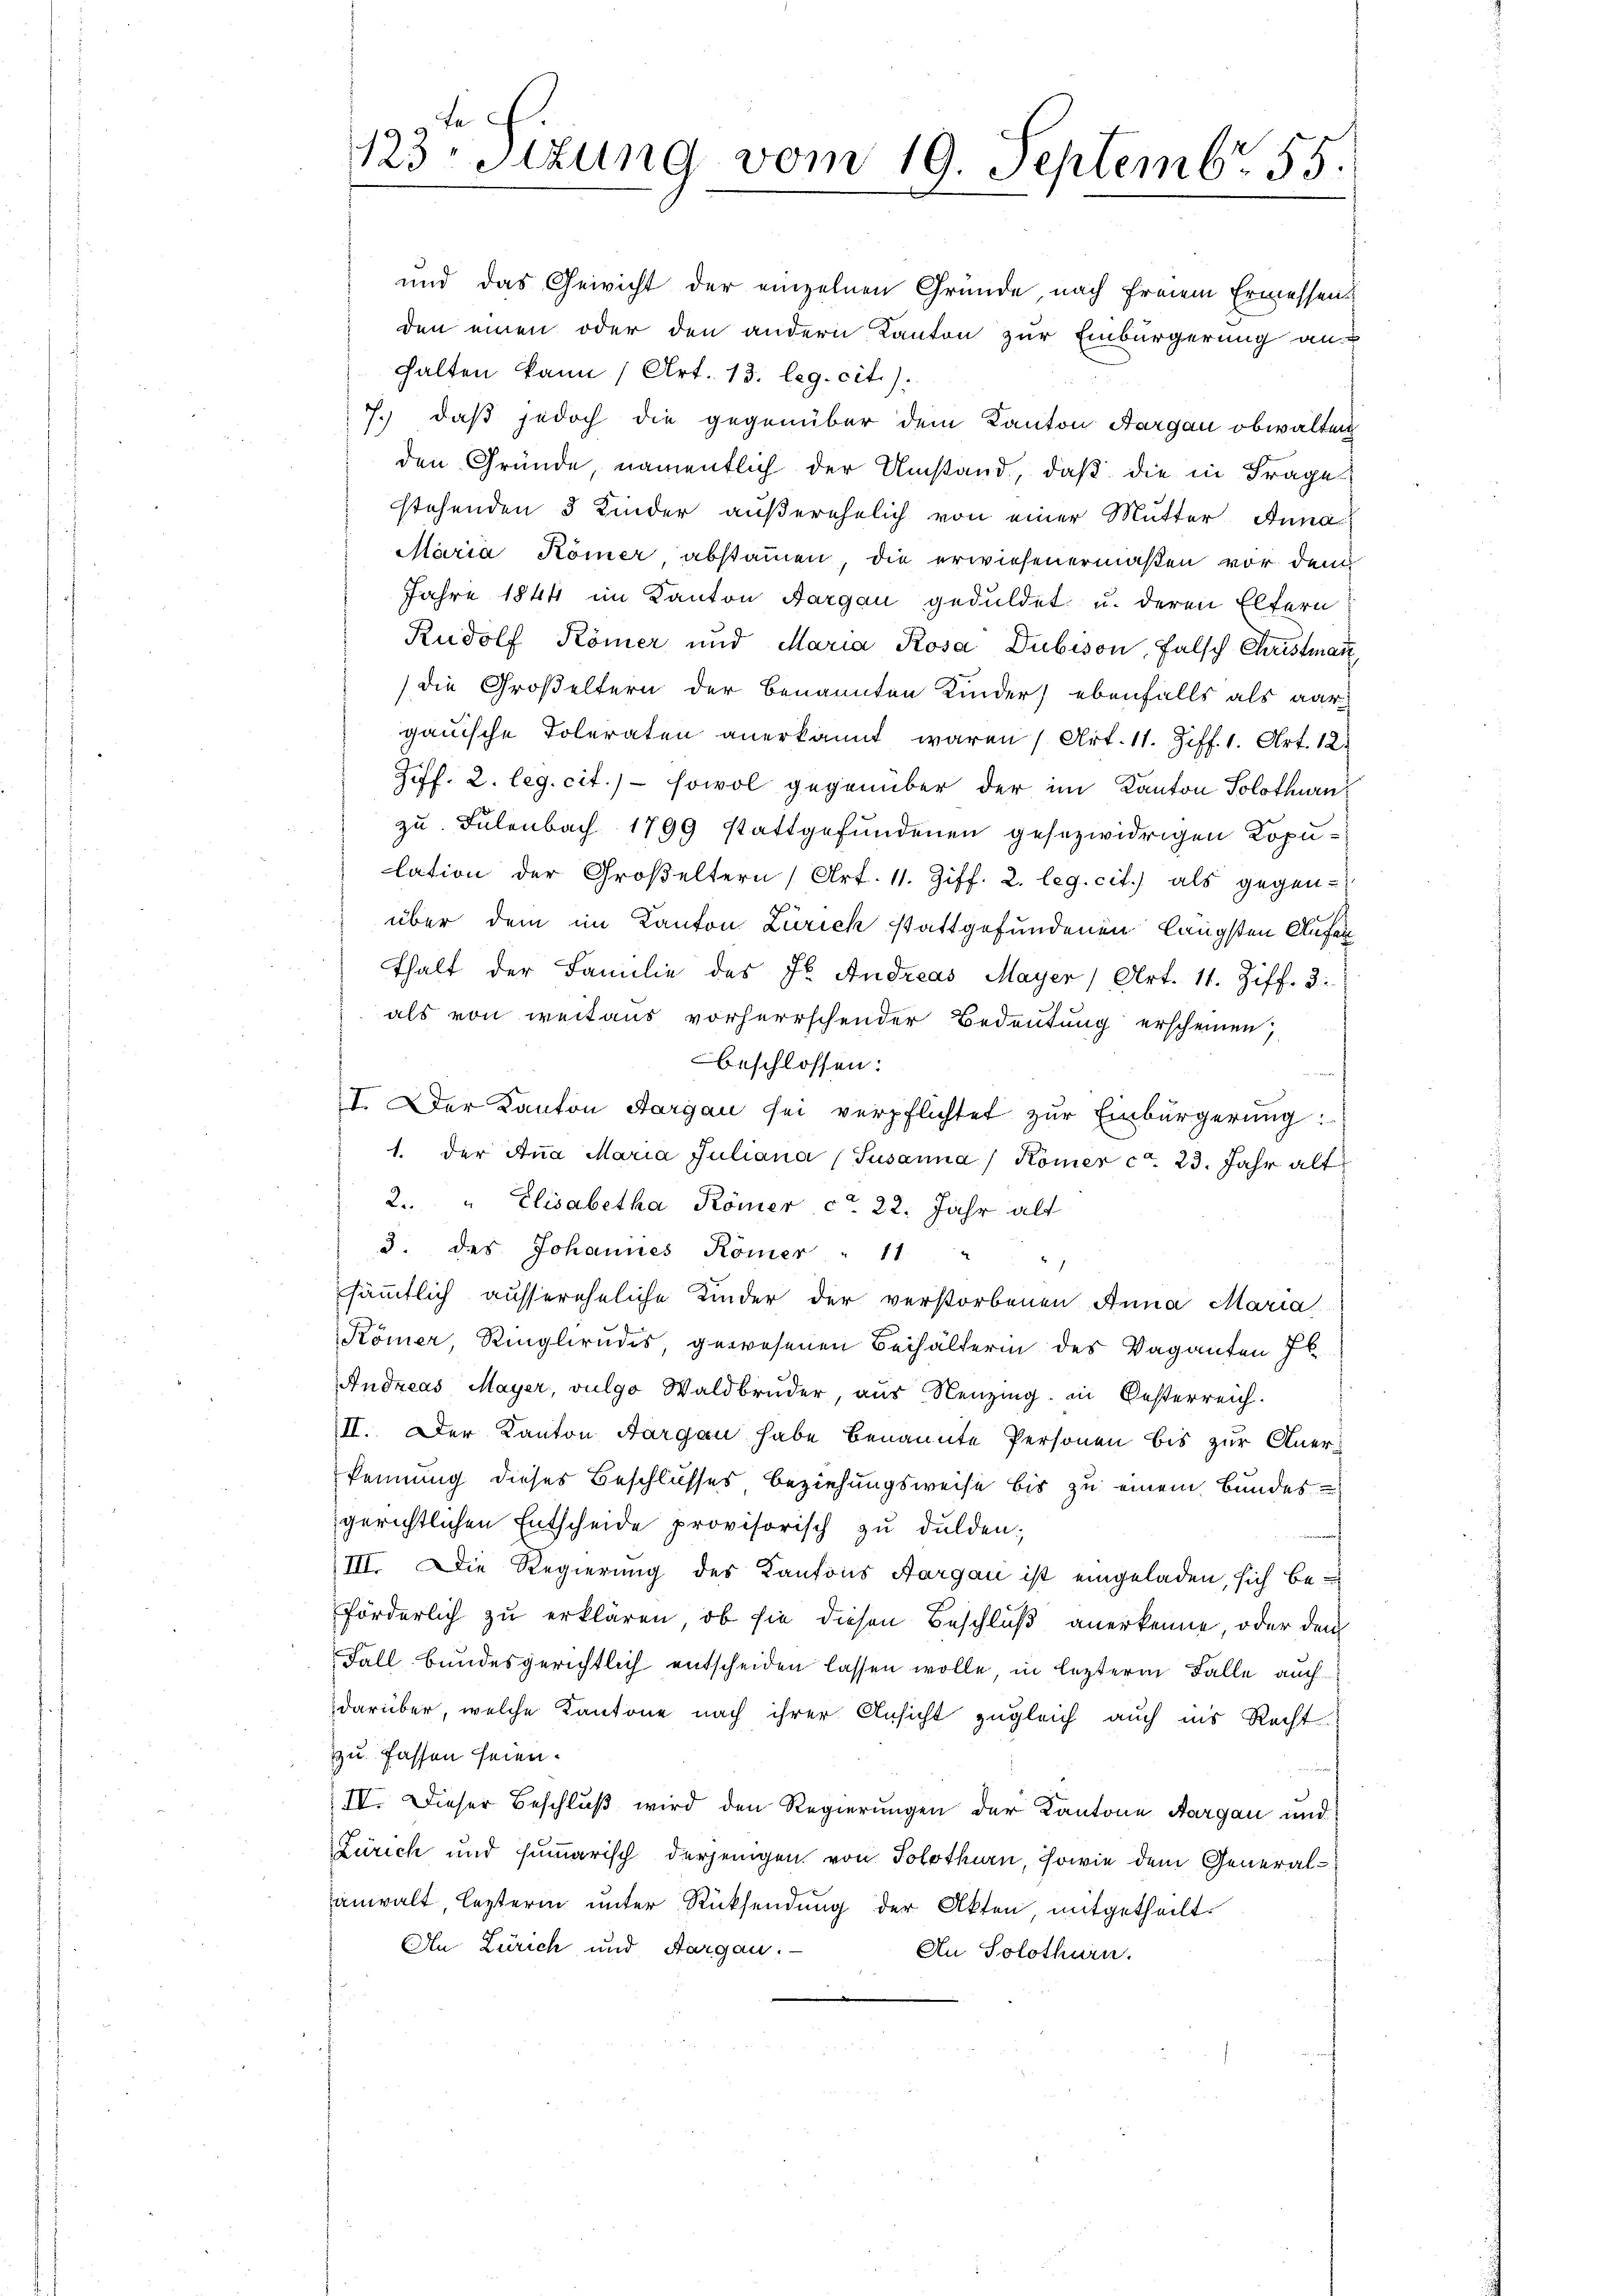
und das Gewicht der einzelnen Gründe, nach freiem Ermessens
den einen oder den andern Kanton zur Einbürgerung an
halten kann (Art. 13. leg. cit.).
7.) daß jedoch die gegenüber dem Kanton Aargau obwalten
den Gründe, namentlich der Umstand, daß die in Frage
stehenden 3 Kinder außerehelich von einer Mutter Anna
Maria Kömer, abstammen die erwiesenermaßen vor den
Jahre 1844 im Kanton Aargau geduldet u. deren Eltern
Rudolf Kömer und Maria Rosa Dubison, falsch Christman
(die Großeltern der benannten Kinder) ebenfalls als aar
gauische Toleraten anerkannt waren (Art. 11. Ziff. 1. Art. 12.
Ziff. 2. leg. cit.) sowol gegenüber der im Kanton Solothurn
zu. Sulenbach 1799 stattgefundenen gesezwidrigen Kopulation der Großeltern (Art. 11. Ziff. 2. leg. cit. als gegen-
über dem im Kanton Zürich stattgefundenen längsten Aufenthalt der Familie des Fr. Andreas Mayer (Art. 11. Ziff. 3:
als von weitaus vorherrschender Bedeutung erscheinen,
beschlossen:
I. Der Kanton Aargau sei verpflichtet zur Einbürgerung:
1. der Aṅa Maria Juliana (Jusanna / Komer ca. 23. Jahr alt
2. " Elisabetha Römer ca 22. Jahr alt
3. des Johannes Komer " 11
sämmtlich aussereheliche Kinder der verstorbenen Anna Maria
Kömer, Ringbrudes, gewesenen Beihälterin des Vaganten Il
Andreas Mayer, vulgo Waldbruder, aus Neuzing in Oesterreich.
II. Der Kanton Aargau habe benannte Personen bis zur Anerkennung dieses Beschlusses Beziehungsweise bis zu einem Bundes
gerichtlichen Entscheide provisorisch zu dulden;
III. Die Regierung des Kantons Aargau ist eingeladen, sich be
förderlich zu erklären, ob sie diesen Beschluß anerkenne, oder den
Fall bundesgerichtlich entscheiden lassen wolle in lezterm Falle auch
darüber, welche Kantone nach ihrer Ansicht zugleich auch ins Recht
zu fassen seien.
a
IV. Dieser Beschluß wird den Regierungen der Kantone Aargau und
Zürich und summarisch derjenigen von Solothurn, sowie dem Generalanwalt, lezterm unter Rücksendung der Akten, mitgetheilt.
An Zürich und Aargau.
An Solothurn.

gte
123tzung vom 19. Septembr 55.